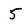
Character: 5